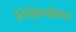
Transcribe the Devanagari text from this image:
डिस्क्रिमीनेशन